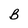
Character: B